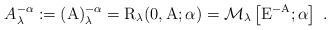
LaTeX: \begin{align*}A_\lambda^{-\alpha}:=({\mathrm{A}})^{-\alpha}_\lambda= \mathrm{R}_{\lambda}(0,\mathrm{A};\alpha)=\mathcal{M}_\lambda\left[\mathrm{E}^{-\mathrm{A}};\alpha\right]\;.\end{align*}